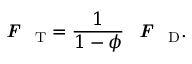
\textbf { \textit { F } } _ { \mathrm { T } } = \frac { 1 } { 1 - \phi } \textbf { \textit { F } } _ { \mathrm { D } } .